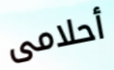
أحلامى